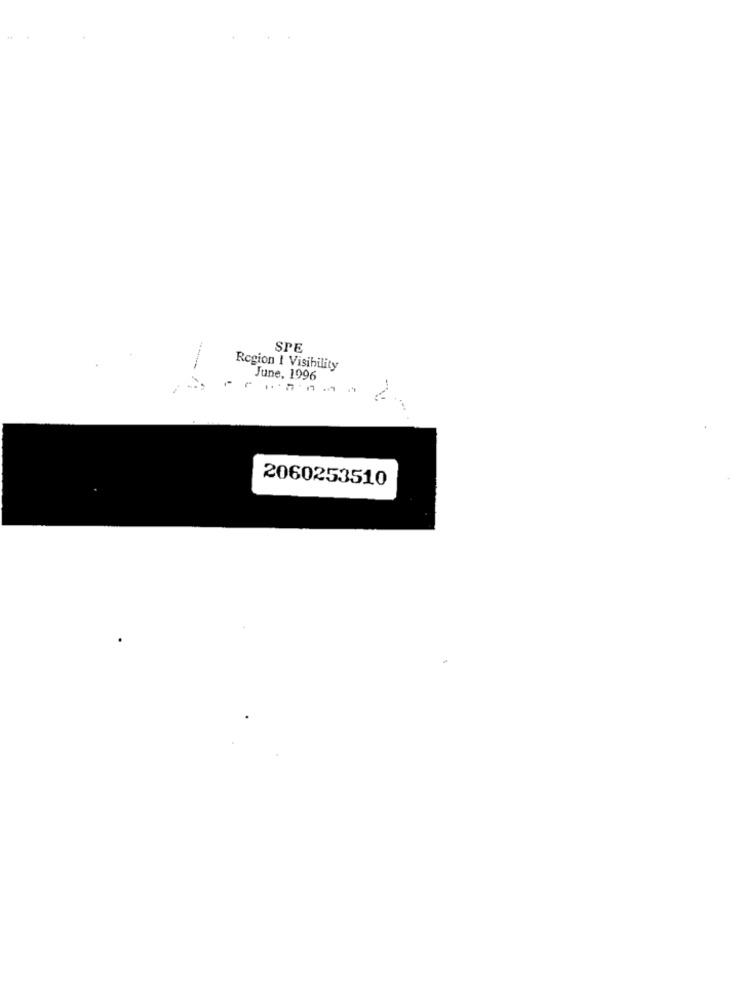
SPE
Region I Visibility
June, 1996
2060253510